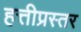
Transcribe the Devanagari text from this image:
हत्तीप्रस्तर